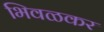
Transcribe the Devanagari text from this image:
भिवळकर